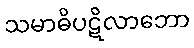
သမာဓိပဋိလာဘော